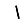
Digit: 1